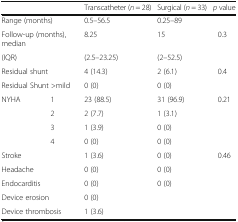
<table><thead><tr><td colspan="2">[EMPTY_CELL]</td><td><b>Transcatheter (<i>n</i> = 28)</b></td><td><b>Surgical (<i>n</i> = 33)</b></td><td><b><i>p</i> value</b></td></tr></thead><tbody><tr><td colspan="2">Range (months)</td><td>0.5–56.5</td><td>0.25–89</td><td>[EMPTY_CELL]</td></tr><tr><td colspan="2">Follow-up (months), median</td><td>8.25</td><td>15</td><td>0.3</td></tr><tr><td colspan="2">(IQR)</td><td>(2.5–23.25)</td><td>(2–52.5)</td><td>[EMPTY_CELL]</td></tr><tr><td colspan="2">Residual shunt</td><td>4 (14.3)</td><td>2 (6.1)</td><td>0.4</td></tr><tr><td colspan="2">Residual Shunt &gt;mild</td><td>0 (0)</td><td>0 (0)</td><td>[EMPTY_CELL]</td></tr><tr><td>NYHA</td><td>1</td><td>23 (88.5)</td><td>31 (96.9)</td><td>0.21</td></tr><tr><td>[EMPTY_CELL]</td><td>2</td><td>2 (7.7)</td><td>1 (3.1)</td><td>[EMPTY_CELL]</td></tr><tr><td>[EMPTY_CELL]</td><td>3</td><td>1 (3.9)</td><td>0 (0)</td><td>[EMPTY_CELL]</td></tr><tr><td>[EMPTY_CELL]</td><td>4</td><td>0 (0)</td><td>0 (0)</td><td>[EMPTY_CELL]</td></tr><tr><td colspan="2">Stroke</td><td>1 (3.6)</td><td>0 (0)</td><td>0.46</td></tr><tr><td colspan="2">Headache</td><td>0 (0)</td><td>0 (0)</td><td>[EMPTY_CELL]</td></tr><tr><td colspan="2">Endocarditis</td><td>0 (0)</td><td>0 (0)</td><td>[EMPTY_CELL]</td></tr><tr><td colspan="2">Device erosion</td><td>0 (0)</td><td>[EMPTY_CELL]</td><td>[EMPTY_CELL]</td></tr><tr><td colspan="2">Device thrombosis</td><td>1 (3.6)</td><td>[EMPTY_CELL]</td><td>[EMPTY_CELL]</td></tr></tbody></table>